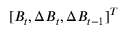
[ B _ { t } , \Delta B _ { t } , \Delta B _ { t - 1 } ] ^ { T }